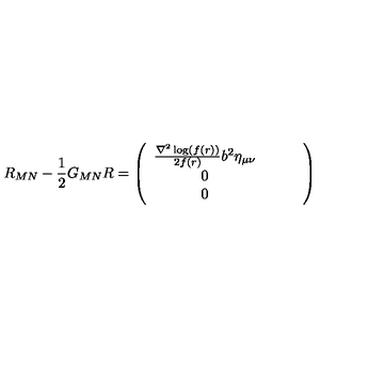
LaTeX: R _ { M N } - \frac { 1 } { 2 } G _ { M N } R = \left( \begin{array} { c c c } { \frac { \nabla ^ { 2 } \log ( f ( r ) ) } { 2 f ( r ) } b ^ { 2 } \eta _ { \mu \nu } } & { } & { \ } & { 0 } & { \ } & { } & { 0 } \\ \end{array} \right)